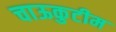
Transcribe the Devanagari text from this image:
चाऊकुटीम